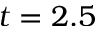
t = 2 . 5